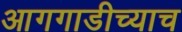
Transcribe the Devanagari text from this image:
आगगाडीच्याच